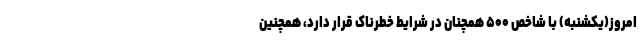
امروز(یکشنبه) با شاخص ۵۰۰ همچنان در شرایط خطرناک قرار دارد، همچنین